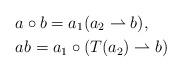
LaTeX: \begin{align*} &a\circ b=a_1(a_2\rightharpoonup b),\\ &ab=a_1\circ (T(a_2)\rightharpoonup b)\end{align*}